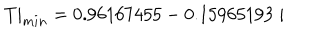
T | _ { m i n } = 0 . 9 6 1 6 7 4 5 5 - 0 . 1 5 9 6 5 1 9 3 \; i